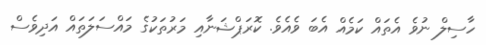
ހާސިލް ނުވެ އެތައް ކަމެއް އެބަ ވެއެވެ. ކޮރަޕްޝަނާއި މަރުތަކުގެ މައްސަލަތައް އަދިވެސް